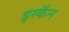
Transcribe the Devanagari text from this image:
इस्कॅन